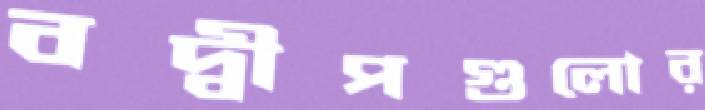
বদ্বীপগুলোর